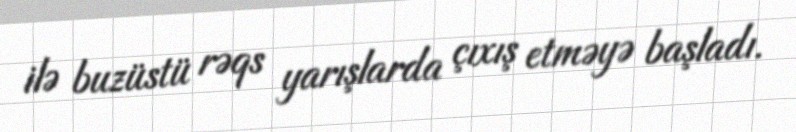
ilə buzüstü rəqs yarışlarda çıxış etməyə başladı.